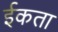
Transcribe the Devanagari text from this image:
ईकता